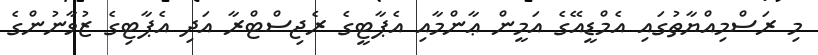
މި ރަސްމިއްޔާތުގައި އެމްޑީއޭގެ އަމީން ޢާންމާއި އެޕާޓީގެ ރެޖިސްޓްރާ އަދި އެޕާޓިގެ ޒުވާނުންގެ